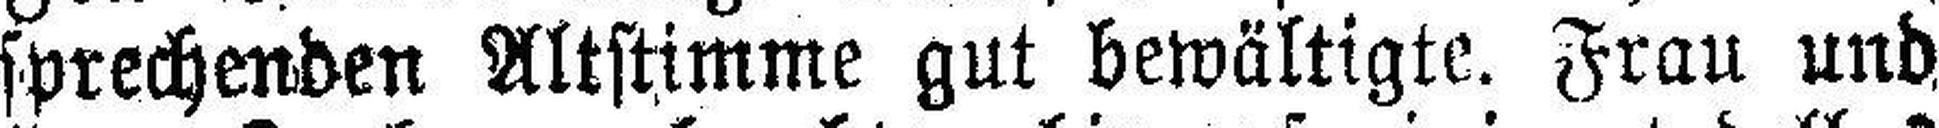
sprechenden Altstimme gut bewältigte. Frau und